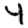
Digit: 4